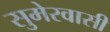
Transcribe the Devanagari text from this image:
सुमेरवासी